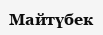
Майтүбек